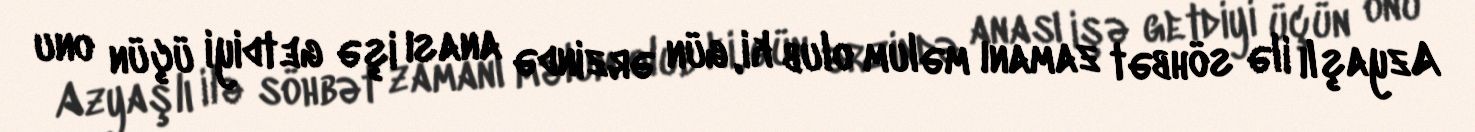
Azyaşlı ilə söhbət zamanı məlum olub ki, gün ərzində anası işə getdiyi üçün onu